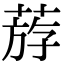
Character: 𦳧